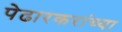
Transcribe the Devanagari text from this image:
पेढारकरांच्या